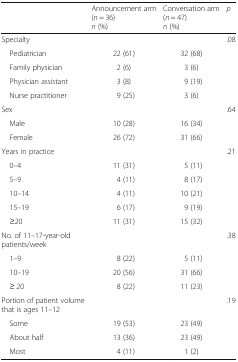
<table><thead><tr><td></td><td><b>Announcement arm(<i>n</i> = 36)<i>n</i> (%)</b></td><td><b>Conversation arm(<i>n</i> = 47)<i>n</i> (%)</b></td><td><b><i>p</i></b></td></tr></thead><tbody><tr><td>Specialty</td><td></td><td></td><td>.08</td></tr><tr><td> Pediatrician</td><td>22 (61)</td><td>32 (68)</td><td></td></tr><tr><td> Family physician</td><td>2 (6)</td><td>3 (6)</td><td></td></tr><tr><td> Physician assistant</td><td>3 (8)</td><td>9 (19)</td><td></td></tr><tr><td> Nurse practitioner</td><td>9 (25)</td><td>3 (6)</td><td></td></tr><tr><td>Sex</td><td></td><td></td><td>.64</td></tr><tr><td> Male</td><td>10 (28)</td><td>16 (34)</td><td></td></tr><tr><td> Female</td><td>26 (72)</td><td>31 (66)</td><td></td></tr><tr><td>Years in practice</td><td></td><td></td><td>.21</td></tr><tr><td> 0–4</td><td>11 (31)</td><td>5 (11)</td><td></td></tr><tr><td> 5–9</td><td>4 (11)</td><td>8 (17)</td><td></td></tr><tr><td> 10–14</td><td>4 (11)</td><td>10 (21)</td><td></td></tr><tr><td> 15–19</td><td>6 (17)</td><td>9 (19)</td><td></td></tr><tr><td> ≥20</td><td>11 (31)</td><td>15 (32)</td><td></td></tr><tr><td>No. of 11–17-year-old patients/week</td><td></td><td></td><td>.38</td></tr><tr><td> 1–9</td><td>8 (22)</td><td>5 (11)</td><td></td></tr><tr><td> 10–19</td><td>20 (56)</td><td>31 (66)</td><td></td></tr><tr><td> ≥ 20</td><td>8 (22)</td><td>11 (23)</td><td></td></tr><tr><td>Portion of patient volume that is ages 11–12</td><td></td><td></td><td>.19</td></tr><tr><td> Some</td><td>19 (53)</td><td>23 (49)</td><td></td></tr><tr><td> About half</td><td>13 (36)</td><td>23 (49)</td><td></td></tr><tr><td> Most</td><td>4 (11)</td><td>1 (2)</td><td></td></tr></tbody></table>